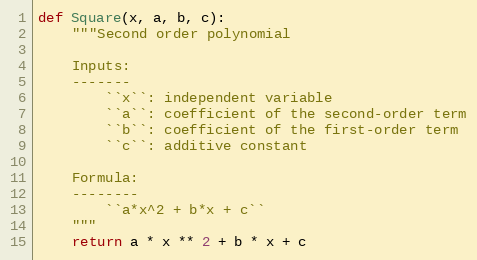
Language: Python
def Square(x, a, b, c):
    """Second order polynomial

    Inputs:
    -------
        ``x``: independent variable
        ``a``: coefficient of the second-order term
        ``b``: coefficient of the first-order term
        ``c``: additive constant

    Formula:
    --------
        ``a*x^2 + b*x + c``
    """
    return a * x ** 2 + b * x + c